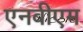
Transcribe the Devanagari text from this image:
एनबीएम